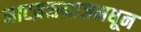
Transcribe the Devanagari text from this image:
नाटय़समाजमधून